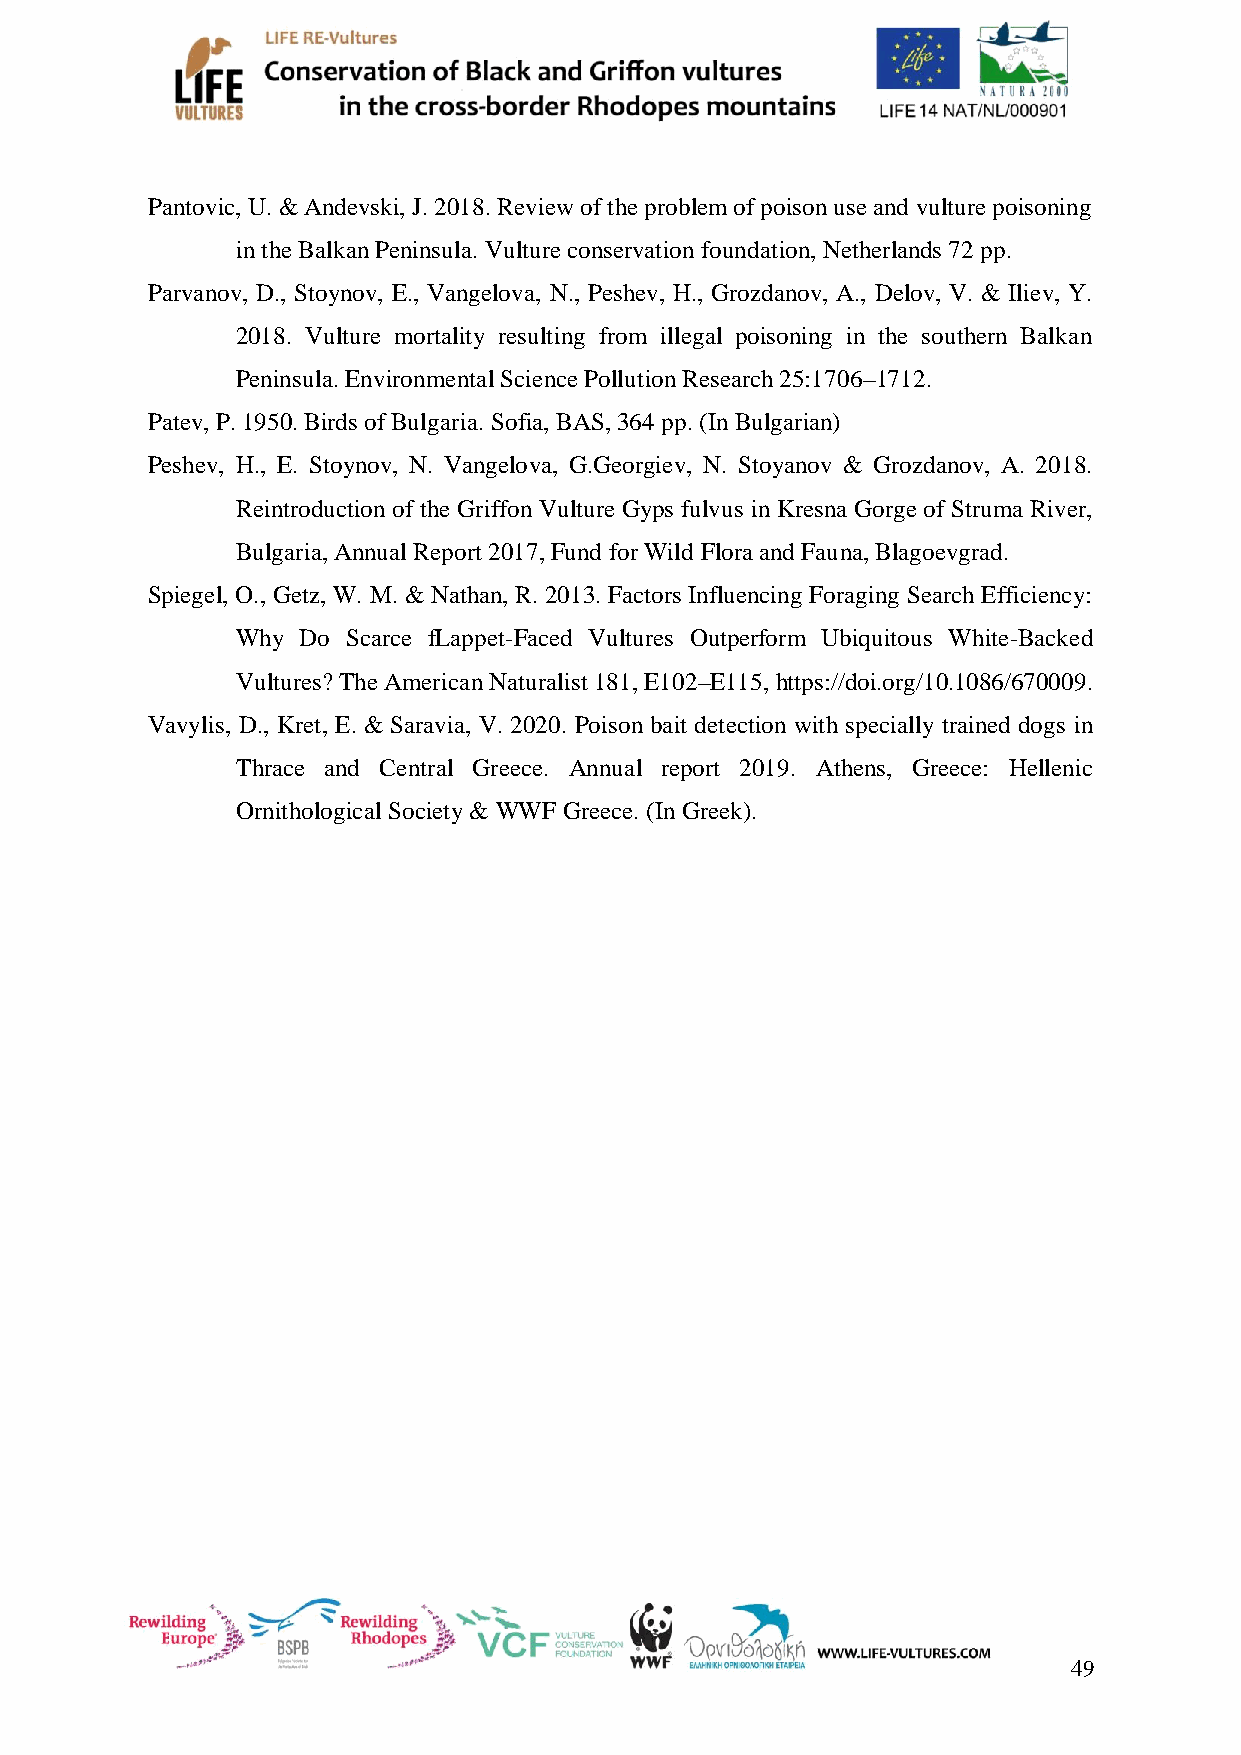
Pantovic, U. & Andevski, J. 2018. Review of the problem of poison use and vulture poisoning
 in the Balkan Peninsula. Vulture conservation foundation, Netherlands 72 pp.
 Parvanov, D., Stoynov, E., Vangelova, N., Peshev, H., Grozdanov, A., Delov, V. & Iliev, Y.
 2018. Vulture mortality resulting from illegal poisoning in the southern Balkan
 Peninsula. Environmental Science Pollution Research 25:1706–1712.
 Patev, P. 1950. Birds of Bulgaria. Sofia, BAS, 364 pp. (In Bulgarian)
 Peshev, H., E. Stoynov, N. Vangelova, G.Georgiev, N. Stoyanov & Grozdanov, A. 2018.
 Reintroduction of the Griffon Vulture Gyps fulvus in Kresna Gorge of Struma River,
 Bulgaria, Annual Report 2017, Fund for Wild Flora and Fauna, Blagoevgrad.
 Spiegel, O., Getz, W. M. & Nathan, R. 2013. Factors Influencing Foraging Search Efficiency:
 Why Do Scarce fLappet-Faced Vultures Outperform Ubiquitous White-Backed
 Vultures? The American Naturalist 181, E102–E115, https://doi.org/10.1086/670009.
 Vavylis, D., Kret, E. & Saravia, V. 2020. Poison bait detection with specially trained dogs in
 Thrace and Central Greece. Annual report 2019. Athens, Greece: Hellenic
 Ornithological Society & WWF Greece. (In Greek).
 49